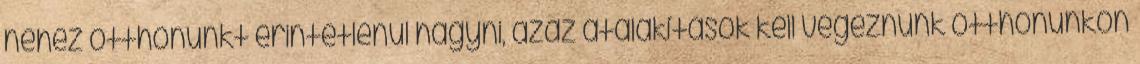
nehéz otthonunkt érintetlenül hagyni, azaz átalakítások kell végeznünk otthonunkon